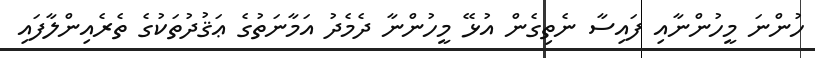
ހުންނަ މީހުންނާއި ފައިސާ ނެތިގެން އުޅޭ މީހުންނާ ދެމެދު އަމާނަތުގެ ޢަޤުދުތަކުގެ ތެރެއިންލާފައި